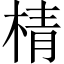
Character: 棈